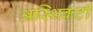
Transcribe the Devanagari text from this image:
अस्थिकटी